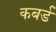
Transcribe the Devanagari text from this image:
कबर्ड